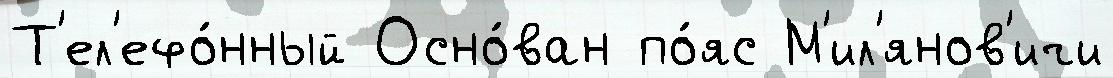
Т'ел'ефо́нный Осно́ван по́яс М'ил'янов'ичи